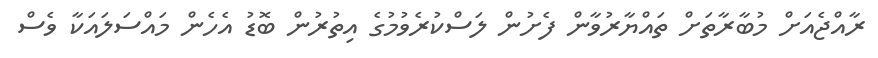
ރާއްޖެއަށް މުބާރާތަށް ތައްޔާރުވާން ފެށުން ލަސްކުރެވުމުގެ އިތުރުން ބޮޑު އެހެން މައްސަލައަކާ ވެސް